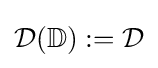
{\mathcal {D}}(\mathbb {D} ):={\mathcal {D}}